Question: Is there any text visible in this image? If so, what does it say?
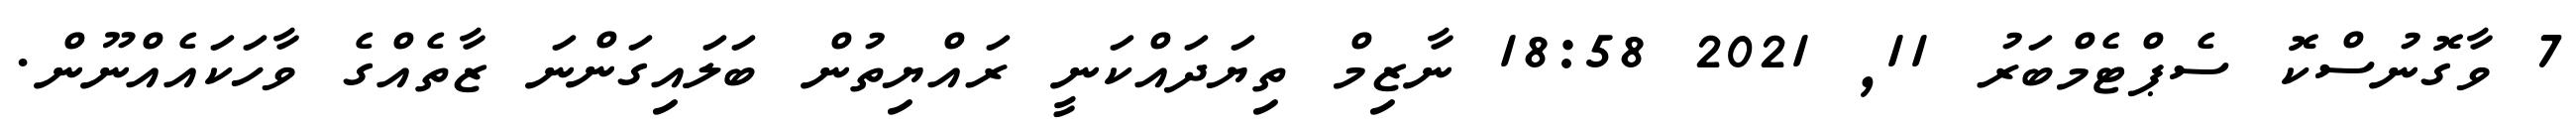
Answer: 7 ވާގޮނުސްކޮ ސެޕްޓެމްބަރު 11, 2021 18:58 ނާޒިމް ތިޔަދައްކަނީ ރައްޔިތުން ބަލައިގަންނަ ޒާތެއްގެ ވާހަކައެއްނޫން.